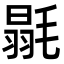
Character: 毾